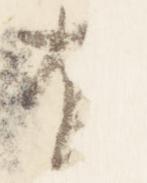
有